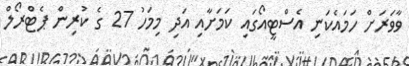
ވާވަރަށް ހަމައެކަނި އެސްޓީއޯގައި ކަމަށާއި އަދި މިމަހު 27 ގެ ކުރިން ޕެޓްރޯލް